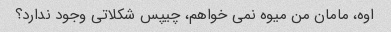
اوه، مامان من میوه نمی خواهم، چیپس شکلاتی وجود ندارد؟